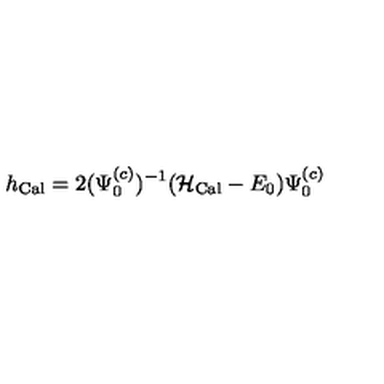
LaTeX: h _ { \mathrm { C a l } } = 2 ( \Psi _ { 0 } ^ { ( c ) } ) ^ { - 1 } ( { \cal H } _ { \mathrm { C a l } } - E _ { 0 } ) \Psi _ { 0 } ^ { ( c ) }